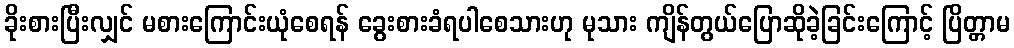
ခိုးစားပြီးလျှင် မစားကြောင်းယုံစေရန် ခွေးစားခံရပါစေသားဟု မုသား ကျိန်တွယ်ပြောဆိုခဲ့ခြင်းကြောင့် ပြိတ္တာမ